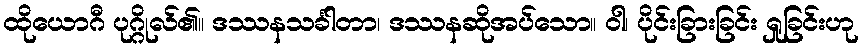
ထိုယောဂီ ပုဂ္ဂိုလ်၏။ ဒဿနသင်္ခါတာ၊ ဒဿနဆိုအပ်သော။ ဝါ၊ ပိုင်းခြားခြင်း ရှုခြင်းဟု